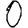
Digit: 0